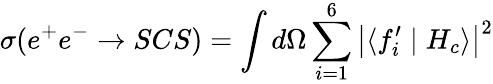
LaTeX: \sigma(e^{+}e^{-}\rightarrow SCS)=\int d\Omega\sum_{i=1}^{6}\left|\langle f_{i}^{\prime}\mid H_{c}\rangle\right|^{2}